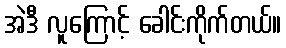
အဲဒီ လူကြောင့် ခေါင်းကိုက်တယ်။